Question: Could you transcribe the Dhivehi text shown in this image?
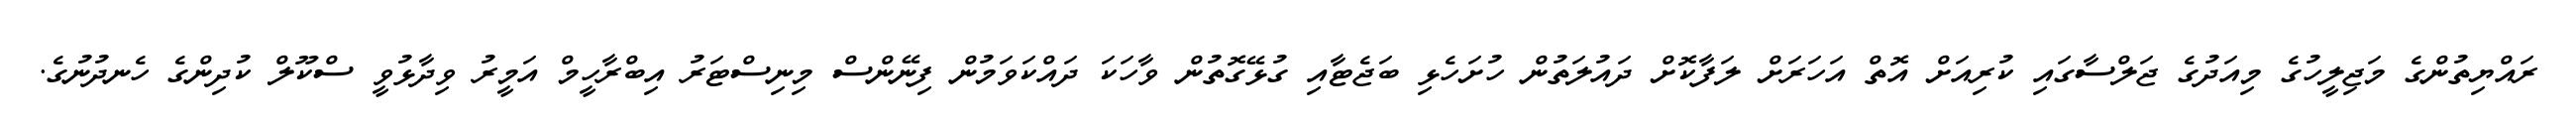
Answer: ރައްޔިތުންގެ މަޖިލީހުގެ މިއަދުގެ ޖަލްސާގައި ކުރިއަށް އޮތް އަހަރަށް ލަފާކޮށް ދައުލަތުން ހުށަހެޅި ބަޖެޓާއި ގުޅޭގޮތުން ވާހަކަ ދައްކަވަމުން ފިނޭންސް މިނިސްޓަރު އިބްރާހީމް އަމީރު ވިދާޅުވީ ސްކޫލް ކުދިންގެ ހެނދުނުގެ.